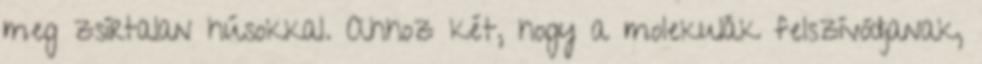
meg zsírtalan húsokkal. Ahhoz két, hogy a molekulák felszívódjanak,